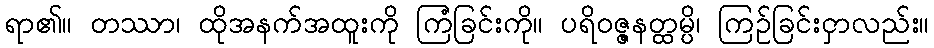
ရာ၏။ တဿာ၊ ထိုအနက်အထူးကို ကြံခြင်းကို။ ပရိဝဇ္ဇနတ္ထမ္ပိ၊ ကြဉ်ခြင်းငှာလည်း။